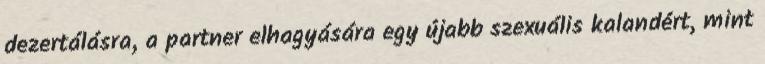
dezertálásra, a partner elhagyására egy újabb szexuális kalandért, mint